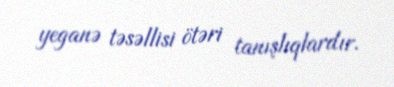
yeganə təsəllisi ötəri tanışlıqlardır.